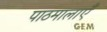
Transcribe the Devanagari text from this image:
पाठमालाएँ